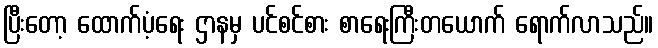
ပြီးတော့ ထောက်ပံ့ရေး ဌာနမှ ပင်စင်စား စာရေးကြီးတယောက် ရောက်လာသည်။